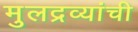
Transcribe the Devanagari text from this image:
मुलद्रव्यांची